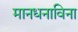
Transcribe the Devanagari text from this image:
मानधनाविना